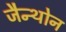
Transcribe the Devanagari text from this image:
जैन्थोन